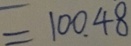
= 1 0 0 . 4 8